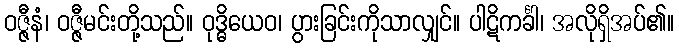
ဝဇ္ဇီနံ၊ ဝဇ္ဇီမင်းတို့သည်။ ဝုဒ္ဓိယေဝ၊ ပွားခြင်းကိုသာလျှင်။ ပါဋိကင်္ခါ၊ အလိုရှိအပ်၏။